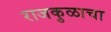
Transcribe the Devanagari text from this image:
राजकुळाचा